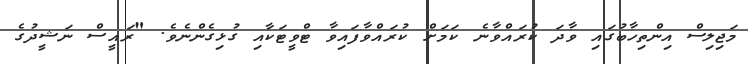
މަޖިލިސް އިންތިހާބުގައި ވާދަ ކުރައްވާނެ ކަމަށް ކުރައްވާފައިވާ ޓްވީޓަކާއި ގުޅިގެންނެވެ. "ރައީސް ނަޝީދުގެ